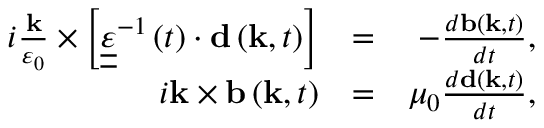
\begin{array} { r l r } { i \frac { { \bf k } } { \varepsilon _ { 0 } } \times \left[ { \underline { { \underline { \varepsilon } } } } ^ { - 1 } \left( t \right) \cdot { \bf d } \left( { \bf k } , t \right) \right] } & { = } & { - \frac { d { \bf b } \left( { \bf k } , t \right) } { d t } , } \\ { i { \bf k } \times { \bf b } \left( { \bf k } , t \right) } & { = } & { \mu _ { 0 } \frac { d { \bf d } \left( { \bf k } , t \right) } { d t } , } \end{array}